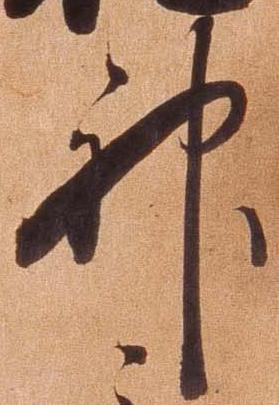
神